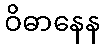
ဝိဓာနေန